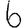
Digit: 6